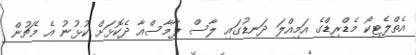
އެތްލެޓިކޯ މެޑްރިޑްގެ އަމިއްލަ ދަނޑުގައި ލާސް ޕާމާސްއާ ދެކޮޅަށް ކުޅުނު އެ މެޗުން